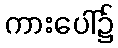
ကားပေါ်၌